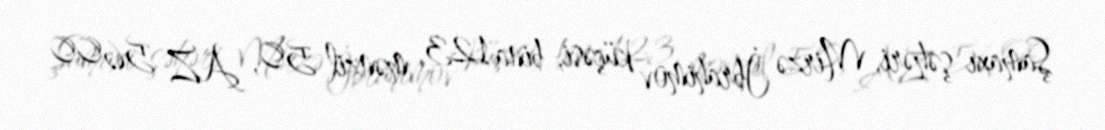
Şamaxı şəhəri, Mirzə İbrahimov küçəsi, bina 123, mənzil 50, AZ 5600